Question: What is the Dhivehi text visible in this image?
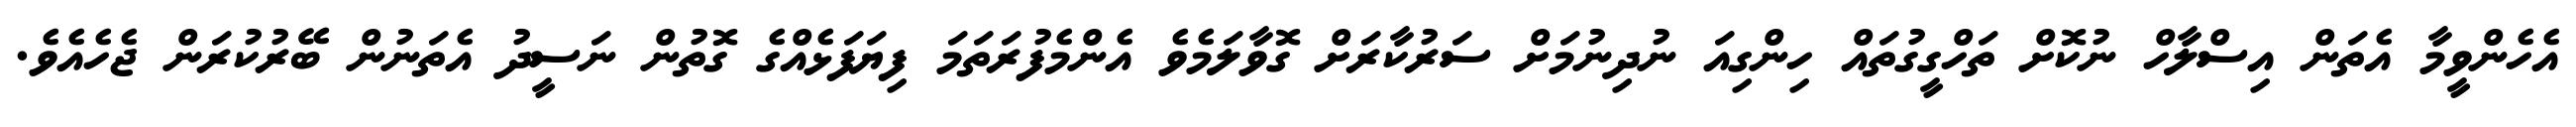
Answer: އެހެންވީމާ އެތަން އިސްލާހް ނުކޮށް ތަހްގީގުތައް ހިންގިއަ ނުދިނުމަށް ސަރުކާރަށް ގޮވާލަމެވެ އެންމެފުރަތަމަ ފިޔަފަޅެއްގެ ގޮތުން ނަސީދު އެތަނުން ބޭރުކުރަން ޖެހެއެވެ.